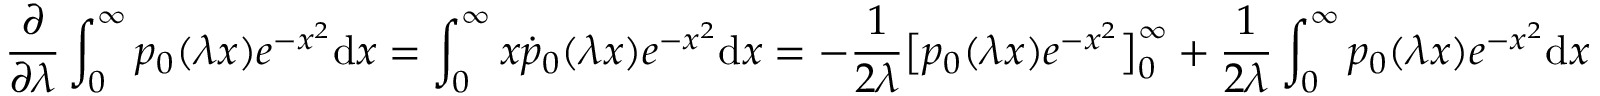
\frac { \partial } { \partial \lambda } \int _ { 0 } ^ { \infty } p _ { 0 } ( \lambda x ) e ^ { - x ^ { 2 } } \mathrm { d } x = \int _ { 0 } ^ { \infty } x \dot { p } _ { 0 } ( \lambda x ) e ^ { - x ^ { 2 } } \mathrm { d } x = - \frac 1 { 2 \lambda } \big [ p _ { 0 } ( \lambda x ) e ^ { - x ^ { 2 } } \big ] _ { 0 } ^ { \infty } + \frac 1 { 2 \lambda } \int _ { 0 } ^ { \infty } p _ { 0 } ( \lambda x ) e ^ { - x ^ { 2 } } \mathrm { d } x